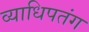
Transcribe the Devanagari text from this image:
व्याधिपतंग